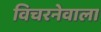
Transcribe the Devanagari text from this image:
विचरनेवाला